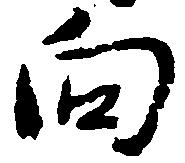
向